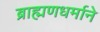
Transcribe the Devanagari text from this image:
ब्राह्मणधर्माने